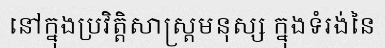
នៅក្នុងប្រវិត្តិសាស្ត្រមនុស្ស ក្នុងទំរង់នៃ